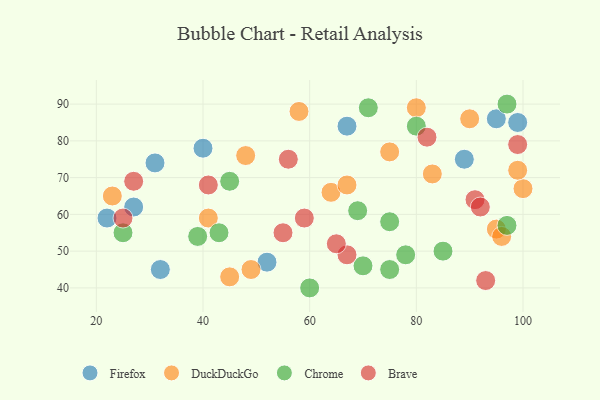
{"axis": {"x": "GDP", "y": "Life Expectancy"}, "legend": ["Brave", "Chrome", "DuckDuckGo", "Firefox"], "data": [{"x": "32", "y": 45, "type": "Firefox"}, {"x": "99", "y": 85, "type": "Firefox"}, {"x": "52", "y": 47, "type": "Firefox"}, {"x": "40", "y": 78, "type": "Firefox"}, {"x": "22", "y": 59, "type": "Firefox"}, {"x": "95", "y": 86, "type": "Firefox"}, {"x": "27", "y": 62, "type": "Firefox"}, {"x": "31", "y": 74, "type": "Firefox"}, {"x": "89", "y": 75, "type": "Firefox"}, {"x": "67", "y": 84, "type": "Firefox"}, {"x": "49", "y": 45, "type": "DuckDuckGo"}, {"x": "100", "y": 67, "type": "DuckDuckGo"}, {"x": "99", "y": 72, "type": "DuckDuckGo"}, {"x": "41", "y": 59, "type": "DuckDuckGo"}, {"x": "95", "y": 56, "type": "DuckDuckGo"}, {"x": "75", "y": 77, "type": "DuckDuckGo"}, {"x": "96", "y": 54, "type": "DuckDuckGo"}, {"x": "64", "y": 66, "type": "DuckDuckGo"}, {"x": "90", "y": 86, "type": "DuckDuckGo"}, {"x": "83", "y": 71, "type": "DuckDuckGo"}, {"x": "67", "y": 68, "type": "DuckDuckGo"}, {"x": "48", "y": 76, "type": "DuckDuckGo"}, {"x": "80", "y": 89, "type": "DuckDuckGo"}, {"x": "58", "y": 88, "type": "DuckDuckGo"}, {"x": "23", "y": 65, "type": "DuckDuckGo"}, {"x": "45", "y": 43, "type": "DuckDuckGo"}, {"x": "45", "y": 69, "type": "Chrome"}, {"x": "39", "y": 54, "type": "Chrome"}, {"x": "85", "y": 50, "type": "Chrome"}, {"x": "60", "y": 40, "type": "Chrome"}, {"x": "43", "y": 55, "type": "Chrome"}, {"x": "70", "y": 46, "type": "Chrome"}, {"x": "78", "y": 49, "type": "Chrome"}, {"x": "75", "y": 45, "type": "Chrome"}, {"x": "71", "y": 89, "type": "Chrome"}, {"x": "97", "y": 57, "type": "Chrome"}, {"x": "69", "y": 61, "type": "Chrome"}, {"x": "80", "y": 84, "type": "Chrome"}, {"x": "25", "y": 55, "type": "Chrome"}, {"x": "97", "y": 90, "type": "Chrome"}, {"x": "75", "y": 58, "type": "Chrome"}, {"x": "59", "y": 59, "type": "Brave"}, {"x": "56", "y": 75, "type": "Brave"}, {"x": "67", "y": 49, "type": "Brave"}, {"x": "25", "y": 59, "type": "Brave"}, {"x": "65", "y": 52, "type": "Brave"}, {"x": "41", "y": 68, "type": "Brave"}, {"x": "55", "y": 55, "type": "Brave"}, {"x": "27", "y": 69, "type": "Brave"}, {"x": "91", "y": 64, "type": "Brave"}, {"x": "93", "y": 42, "type": "Brave"}, {"x": "82", "y": 81, "type": "Brave"}, {"x": "92", "y": 62, "type": "Brave"}, {"x": "99", "y": 79, "type": "Brave"}]}